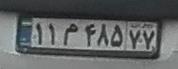
۱۱م۴۸۵۷۷